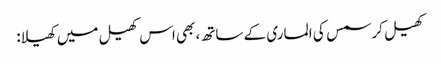
کھیل کرسمس کی الماری کے ساتھ، بھی اس کھیل میں کھیلا: